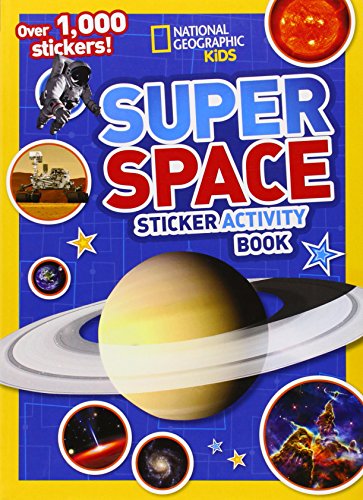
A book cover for National Geographic Kids Super Space Sticker Activity Book: Over 1,000 Stickers!; National Geographic Kids; Children's Books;